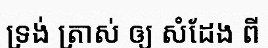
ទ្រង់ ត្រាស់ ឲ្យ សំដែង ពី